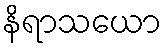
နိရာသယော